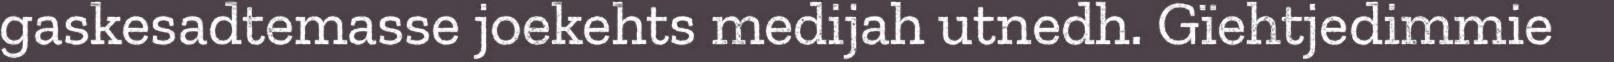
gaskesadtemasse joekehts medijah utnedh. Gïehtjedimmie